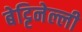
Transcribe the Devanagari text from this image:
बेट्टिनेल्ली